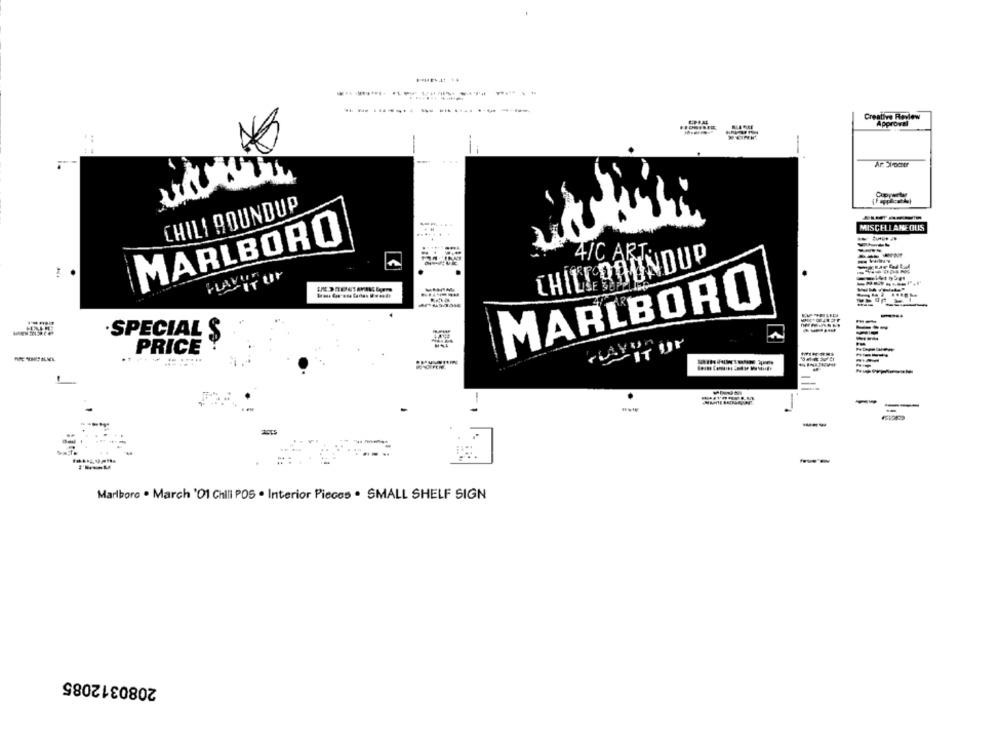
...........
we Review
i
Ar Stromer
CHILI ROUNDUP
MISCELLANEOUS
MARLBORO
CHILE ROUNDUP
4/C ART.
e tal
MARLBORO
.SPECIAL $
AYUM
PRICE
---
Marlboro . March '01 Chili POS . Interior Pieces . SMALL SHELF SIGN
2080312085